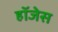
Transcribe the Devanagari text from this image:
हॉजेस